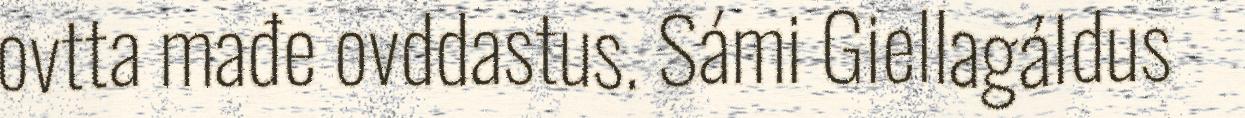
ovtta mađe ovddastus. Sámi Giellagáldus